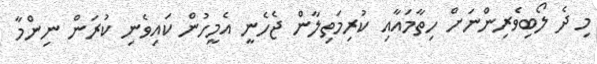
މި ދެ ލޯބިވެރިންނަށް ހިތާމައާއި ކުރިމަތިލާން ޖެހެނީ އެމީހުން ކައިވެނި ކުރަން ނިންމާ